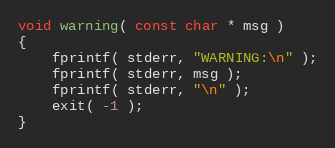
Language: C++
void warning( const char * msg )
{
	fprintf( stderr, "WARNING:\n" );
	fprintf( stderr, msg );
	fprintf( stderr, "\n" );
	exit( -1 );
}